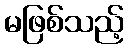
မဖြစ်သည့်